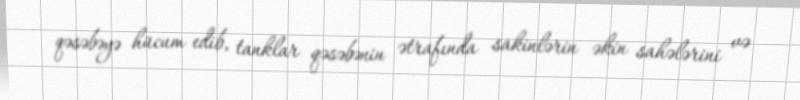
qəsəbəyə hücum edib, tanklar qəsəbənin ətrafında sakinlərin əkin sahələrini və